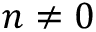
n \neq 0